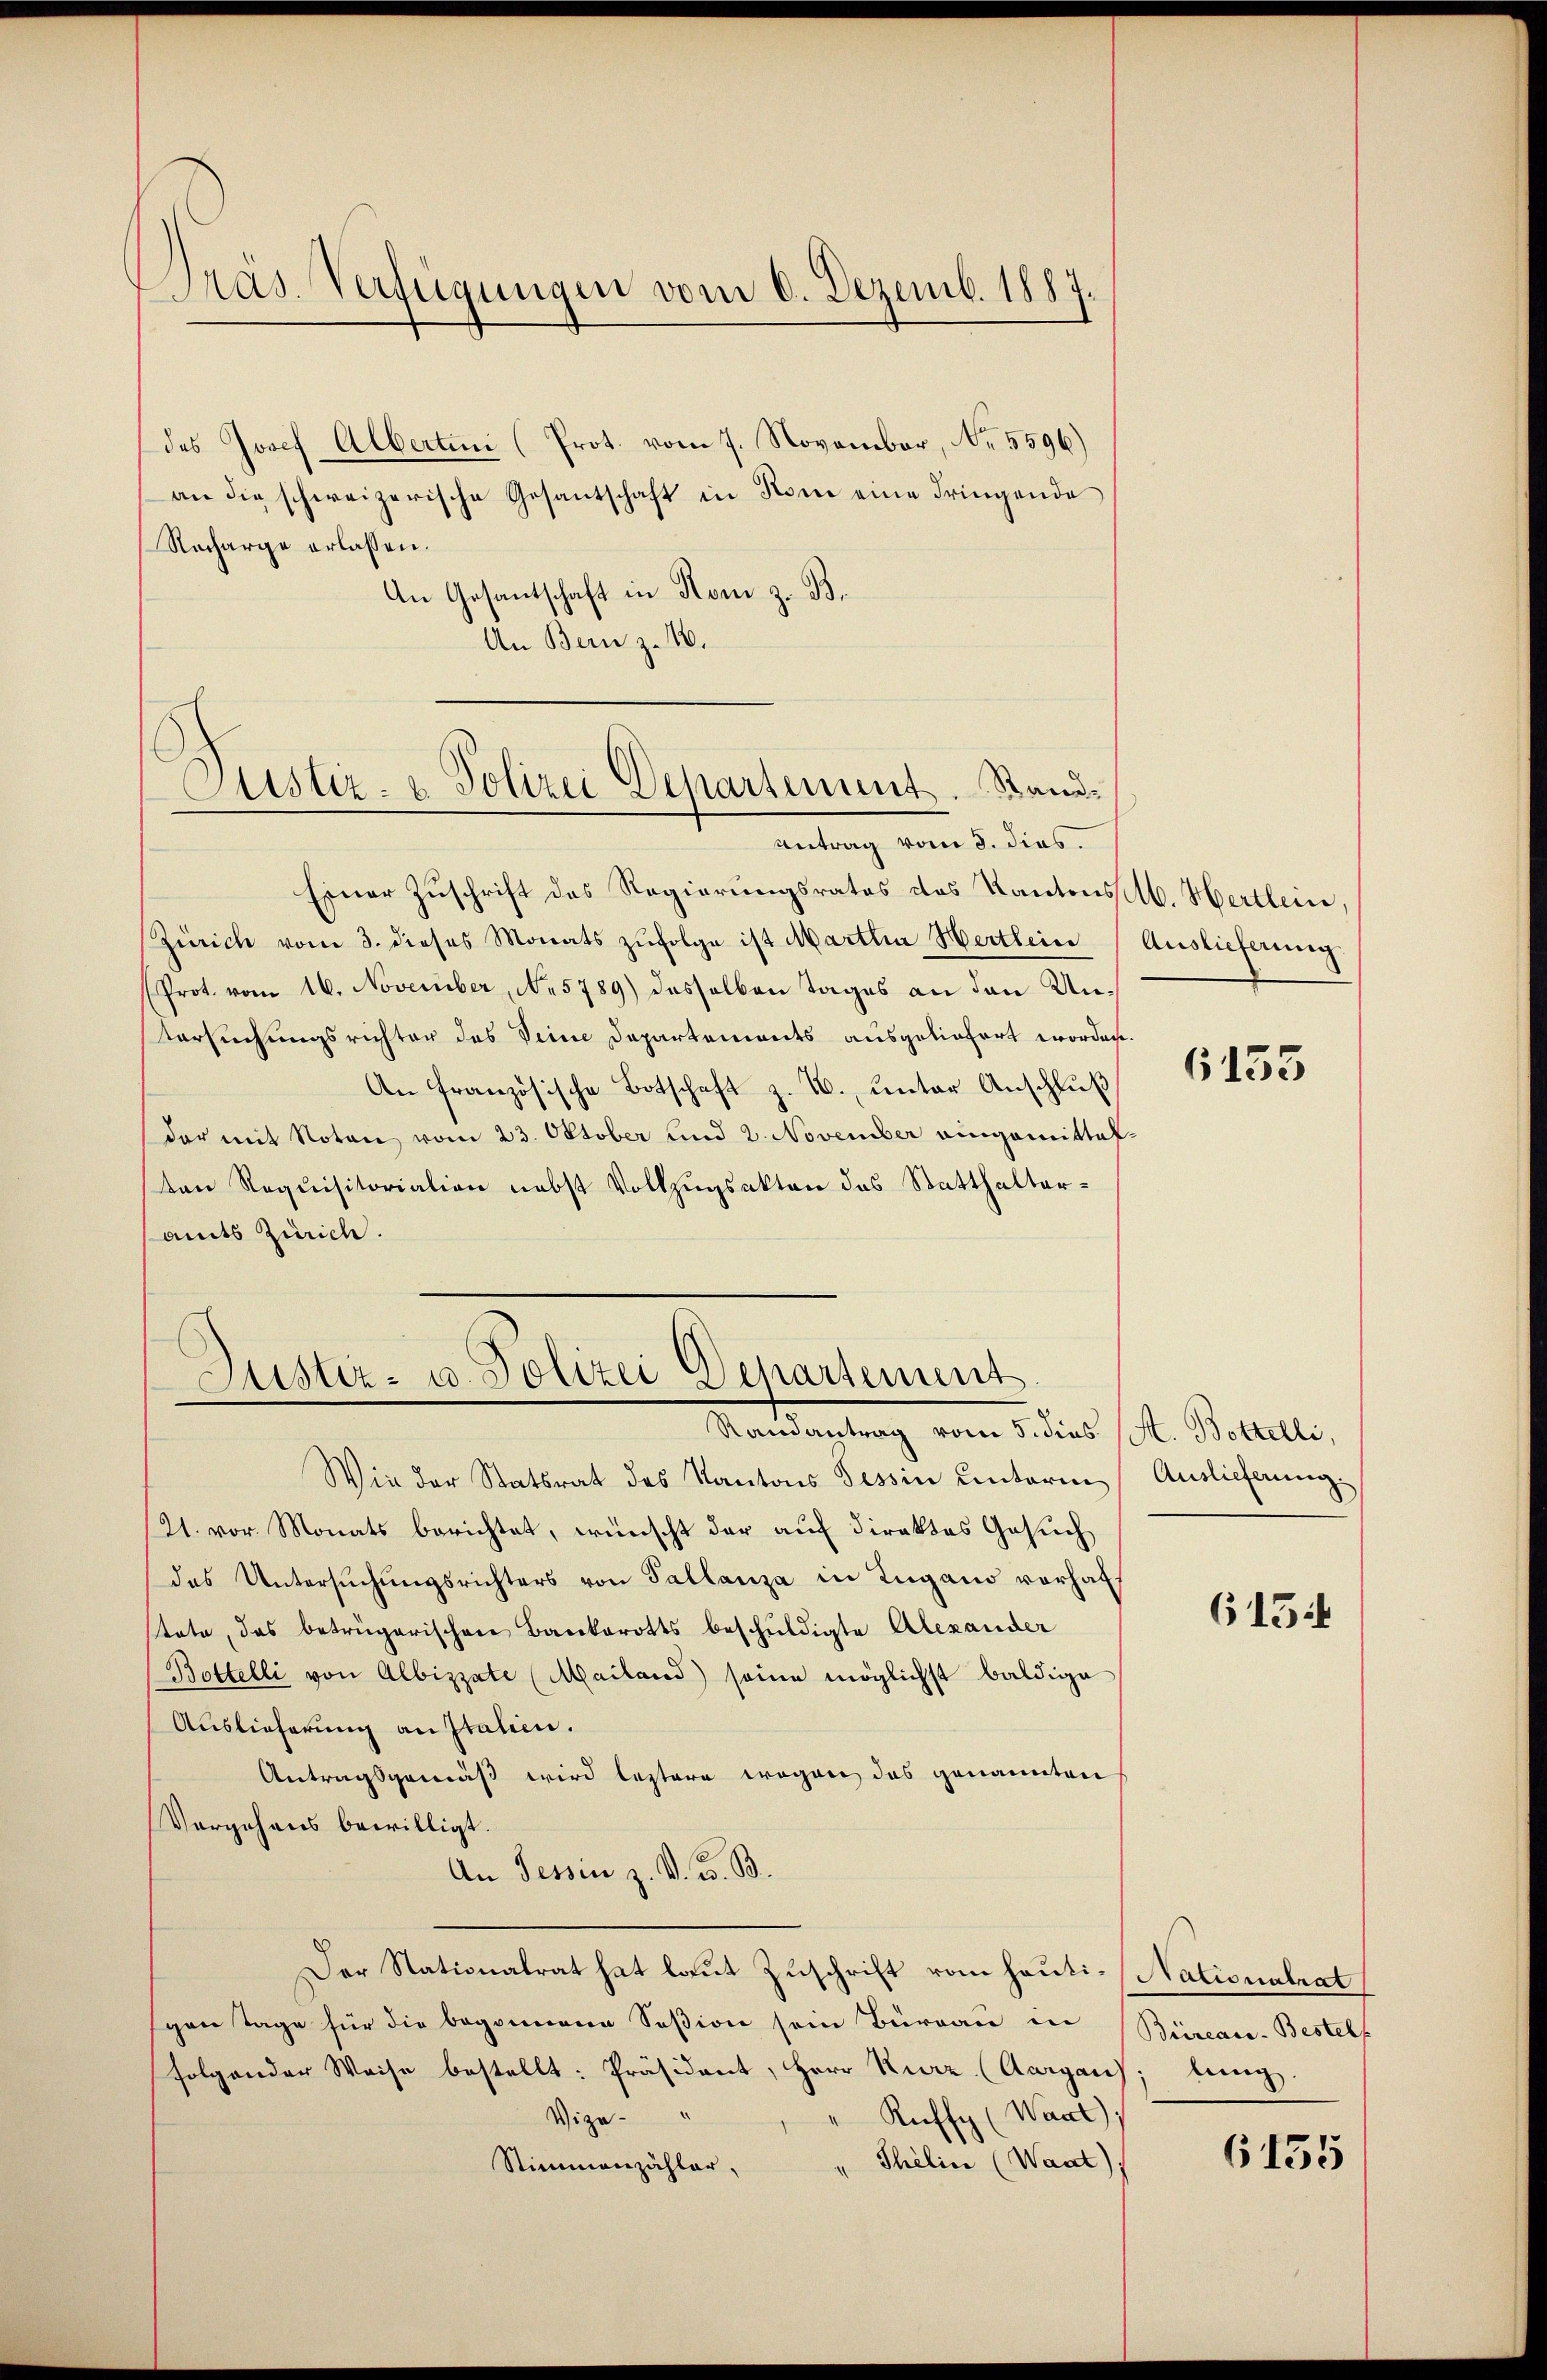
Präs. Verfügungen vom 6. Dezemb. 1887

(des Josef Albertini (Prot. vom 7. November, No. 5596)
an die schweizerische Gesantschaft in Rom eine dringende
Nacharge erlassen.
An Gesantschaft in Rom z. B.
An Bern z. 10.

Justiz- & Polizei Departement. Stand¬
.

Justiz- u. Polizei Departement
Ramantrag vom 5. dies (St. Bottelli,

Einer Zuschrift des Regierungsrates des Kantons selb. Hertlein
Zürich vom 3. dieses Monats zŭfolge ist Martha Hertlein
Prot. vom 16. November, No 5789) dasselben Tages an den Un¬
Versuchungsrichter des Seine Departements ausgeliefert worden.
An Französische Botschaft z. B. unter Anschluß
der mit Noten vom 23. Oktober und 2. November eingemittalten Requisitorialion nebst Vollzugsakten das Statthalteramts Zürich.

Antrag vom 5. dies

Wie der Statsrat des Kantons Tessin unterm Auslieferung
121. vor. Monats berichtet, wünscht der auf direktes Gesuch
das Untersŭchŭngsrichters von Tallanza in Zugano vorhaf
tate, das betrügerischen Bankerotts beschuldigte Alexander
Bottelli von Albizzate (Mailand) seine möglichst baldige
Auslieferung an Italien.
Antragsgemäß wird leztere wegen das genannten
Vorgehens bewilligt.
An Tessin z. B. G. B.
Der Nationalrat hat laut Zuschrift vom heuti-Nationalrat
gen Tage für die begonnene Soßion sein Büreau in
folgender Weise bestellt: Präsident, Herr Kurz (Aargau), lang
Vize-
Kuffy (Want),
"Thelin (Waat),
Stimmenzähler,

Auslieferung

(133

615

Büreau-Bestel

6135